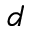
d